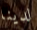
لدينا